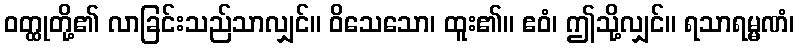
ဝတ္ထုတို့၏ လာခြင်းသည်သာလျှင်။ ဝိသေသော၊ ထူး၏။ ဧဝံ၊ ဤသို့လျှင်။ ရသာရမ္မဏံ၊